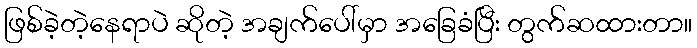
ဖြစ်ခဲ့တဲ့နေရာပဲ ဆိုတဲ့ အချက်ပေါ်မှာ အခြေခံပြီး တွက်ဆထားတာ။